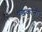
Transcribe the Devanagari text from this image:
धडकांनी